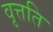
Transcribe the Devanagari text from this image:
वृत्तति